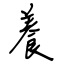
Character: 養